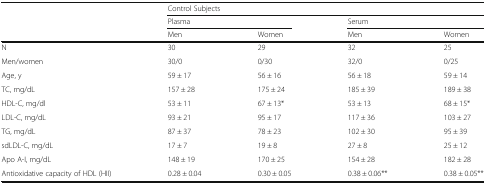
| <ROWSPAN=3>  | <COLSPAN=4> Control Subjects |
 | <COLSPAN=2> Plasma | <COLSPAN=2> Serum |
 | Men | Women | Men | Women |
 | --- | --- | --- | --- | --- |
 | N | 30 | 29 | 32 | 25 |
 | Men/women | 30/0 | 0/30 | 32/0 | 0/25 |
 | Age, y | 59 ± 17 | 56 ± 16 | 56 ± 18 | 59 ± 14 |
 | TC, mg/dL | 157 ± 28 | 175 ± 24 | 185 ± 39 | 189 ± 38 |
 | HDL-C, mg/dl | 53 ± 11 | 67 ± 13* | 53 ± 13 | 68 ± 15* |
 | LDL-C, mg/dL | 93 ± 21 | 95 ± 17 | 117 ± 36 | 103 ± 27 |
 | TG, mg/dL | 87 ± 37 | 78 ± 23 | 102 ± 30 | 95 ± 39 |
 | sdLDL-C, mg/dL | 17 ± 7 | 19 ± 8 | 27 ± 8 | 25 ± 12 |
 | Apo A-I, mg/dL | 148 ± 19 | 170 ± 25 | 154 ± 28 | 182 ± 28 |
 | Antioxidative capacity of HDL (HII) | 0.28 ± 0.04 | 0.30 ± 0.05 | 0.38 ± 0.06** | 0.38 ± 0.05** |